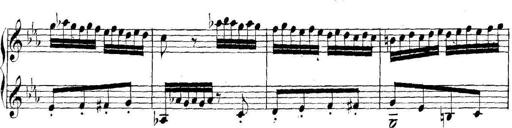
Title: Collected Piano Sonatas
Composer: Muzio Clementi